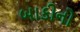
બાકીનો